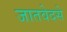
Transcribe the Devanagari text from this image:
जातवेदसे